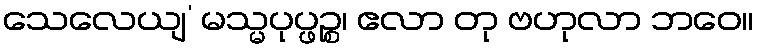
သေလေယျ’ မသ္မပုပ္ဖဉ္စ၊ ဧလာ တု ဗဟုလာ ဘဝေ။